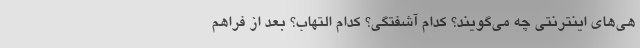
هی‌های اینترنتی چه می‌گویند؟ کدام آشفتگی؟ کدام التهاب؟ بعد از فراهم